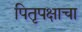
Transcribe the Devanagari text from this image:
पितृपक्षाचा